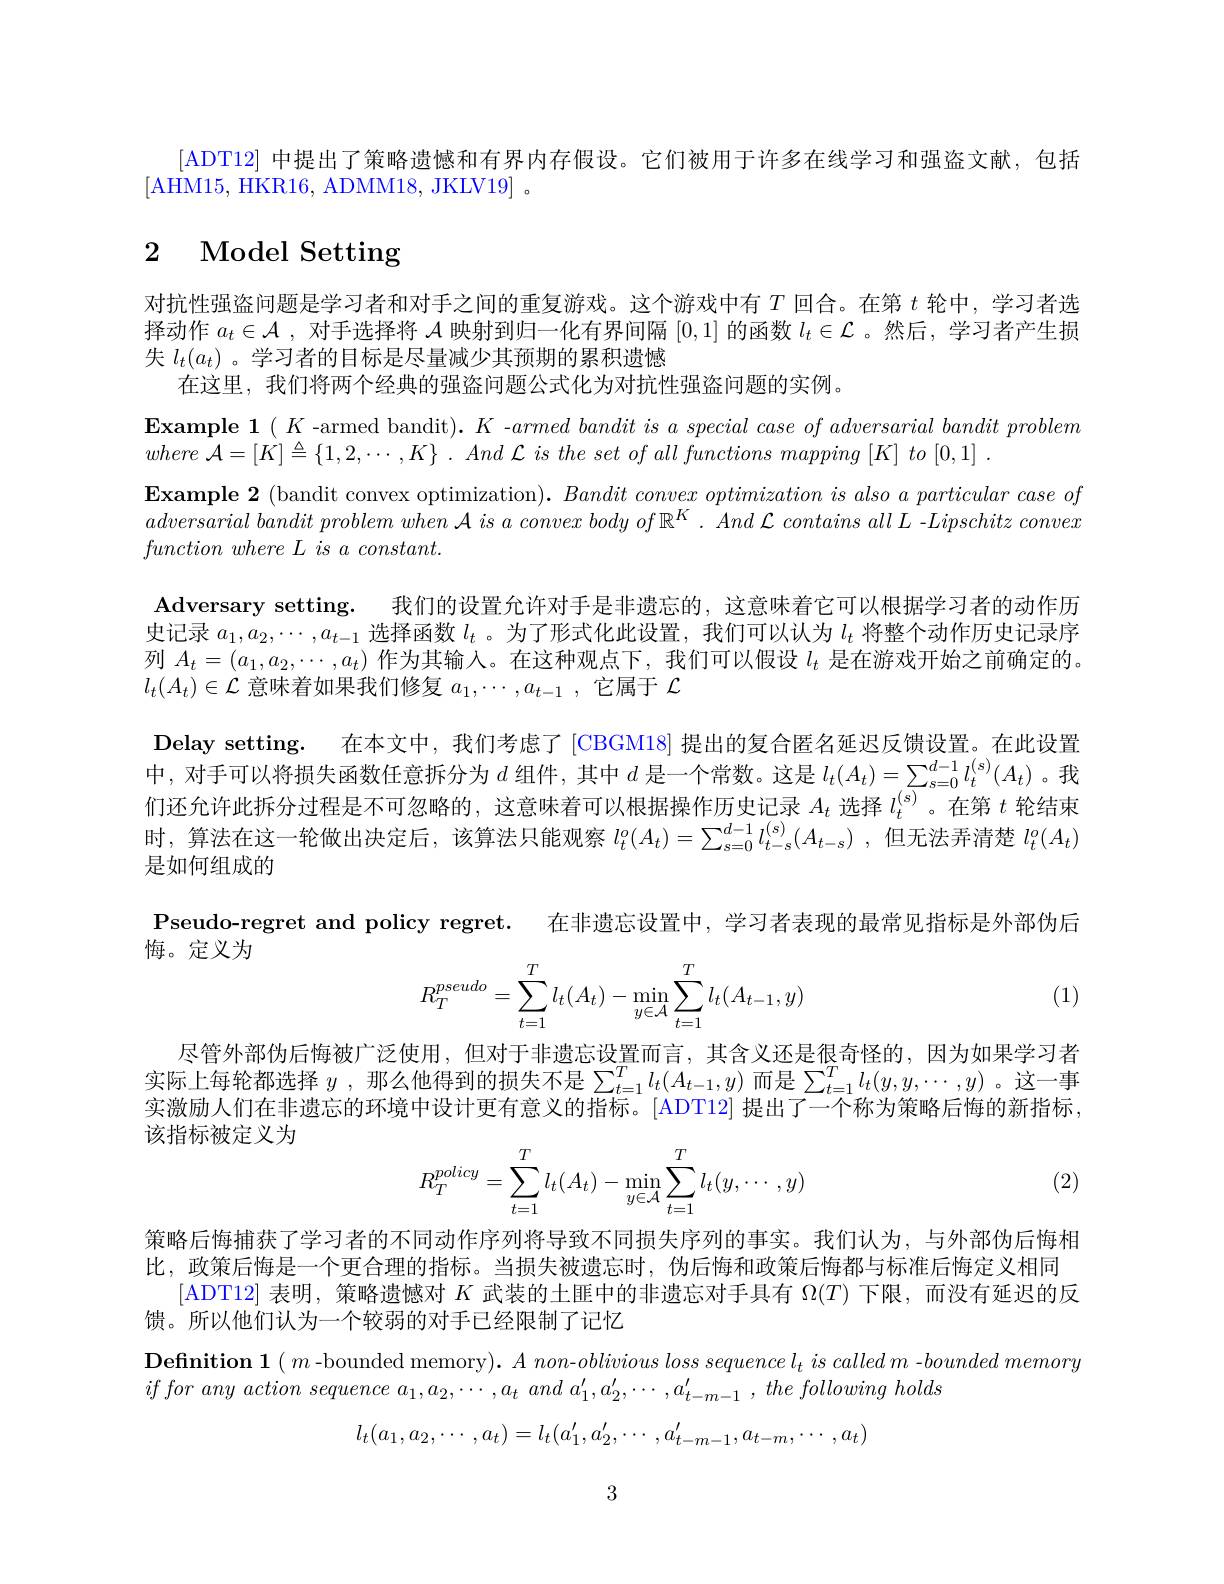
[ADT12] 中提出了策略遗憾和有界内存假设。它们被用于许多在线学习和强盗文献，包括
[AHM15, HKR16, ADMM18, JKLV19] 。

### 2 Model Setting

对抗性强盗问题是学习者和对手之间的重复游戏。这个游戏中有$T$回合。在第$t$轮中，学习者选择动作$a_t\in\mathcal{A}$ ,对手选择将$\mathcal{A}$映射到归一化有界间隔[0,1]的函数$l_t\in\mathcal{L}$ 。然后，学习者产生损失$l_t(a_t)$。学习者的目标是尽量减少其预期的累积遗憾
在这里，我们将两个经典的强盗问题公式化为对抗性强盗问题的实例。

$\textbf{Example 1}( K$-armed bandit$).K$ -$armed\textit{bandit is a special case of adversarial bandit problem}$
where $\mathcal{A} = [ K] \triangleq \{ 1, 2, \cdots , K\}$ . And $\mathcal{L}$ $is$ the set $of$ all functions mapping $[ K]$ $to$ [0,1] .
Example 2 (bandit convex optimization). Bandit convex optimization is also a particular case of $adversarial\textit{ bandit problem when A is a convex body of }\mathbb{R} ^K. \textit{ And L contains all L - Lipschitz convex}$ $function\textit{where L is a constant. }$

Adversary setting. 我们的设置允许对手是非遗忘的，这意味着它可以根据学习者的动作历史记录$a_1,a_2,\cdots,a_{t-1}$选择函数$l_t$ 。为了形式化此设置，我们可以认为$l_t$将整个动作历史记录序列$A_t=(a_1,a_2,\cdots,a_t)$作为其输入。在这种观点下，我们可以假设$l_t$是在游戏开始之前确定的。$l_t(A_t)\in\mathcal{L}$意味着如果我们修复$a_1,\cdots,a_{t-1}$ ,它属于$\mathcal{L}$
Delay setting. 在本文中，我们考虑了[CBGM18] 提出的复合匿名延迟反馈设置。在此设置中，对手可以将损失函数任意拆分为$d$ 组件，其中$d$ 是一个常数。这是 $l_t(A_t)=\sum_{s=0}^{d-1}l_t^{(s)}(A_t)$。我们还允许此拆分过程是不可忽略的，这意味着可以根据操作历史记录$A_t$选择$l_t^\mathrm{(s)}$ 。在第$t$轮结束时，算法在这一轮做出决定后，该算法只能观察$l_t^o(A_t)=\sum_{s=0}^{d-1}l_{t-s}^{(s)}(A_{t-s})$,但无法弄清楚$l_t^o(A_t)$ 是如何组成的
Pseudo-regret and policy regret. 在非遗忘设置中，学习者表现的最常见指标是外部伪后

悔。定义为
$$R_T^{pseudo}=\sum\limits_{t=1}^Tl_t(A_t)-\min\limits_{y\in\mathcal{A}}\sum\limits_{t=1}^Tl_t(A_{t-1},y)$$
(1)

尽管外部伪后悔被广泛使用，但对于非遗忘设置而言，其含义还是很奇怪的，因为如果学习者实际上每轮都选择$y$,那么他得到的损失不是$\sum_t=1^Tl_t(A_{t-1},y)$而是$\sum_t=1^Tl_t(y,y,\cdots,y)$ 。这一事实激励人们在非遗忘的环境中设计更有意义的指标。[ADT12] 提出了一个称为策略后悔的新指标， 该指标被定义为

(2)
$$R_T^{policy}=\sum_{t=1}^Tl_t(A_t)-\min_{y\in\mathcal{A}}\sum_{t=1}^Tl_t(y,\cdots,y)$$
策略后悔捕获了学习者的不同动作序列将导致不同损失序列的事实。我们认为，与外部伪后悔相比，政策后悔是一个更合理的指标。当损失被遗忘时，伪后悔和政策后悔都与标准后悔定义相同
[ADT12] 表明，策略遗憾对$K$武装的土匪中的非遗忘对手具有$\Omega(T)$下限，而没有延迟的反
馈。所以他们认为一个较弱的对手已经限制了记忆

Definition 1( $m$ -bounded memory). $A\textit{ non- oblivious loss sequencel}_t\textit{ is called m - bounded memory}$
$ifforanyactionsequencea_{1}, a_{2}, \cdots , a_{t}and$ $a_{1}^{\prime }, a_{2}^{\prime }, \cdots , a_{t- m- 1}^{\prime }, the$ following holds
$$l_t(a_1,a_2,\cdots,a_t)=l_t(a_1',a_2',\cdots,a_{t-m-1}',a_{t-m},\cdots,a_t)$$
3